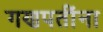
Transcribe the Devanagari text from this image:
गणपतींना